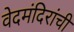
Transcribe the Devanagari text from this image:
वेदमंदिरांची